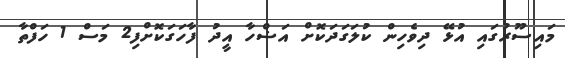
މައިސޫރުގައި އުޅޭ ދިވެހިން ކުލަގަދަކޮށް އަޟްހާ އީދު ފާހަގަކޮށްފި2 މަސް 1 ހަފްތާ